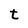
Character: t